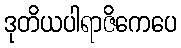
ဒုတိယပါရာဇိကေပေ